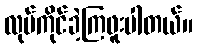
လုပ်ကိုင်ခဲ့ကြဖူးပါတယ်။